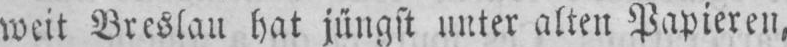
weit Breslau hat jüngst unter alten Papieren,